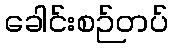
ခေါင်းစဉ်တပ်